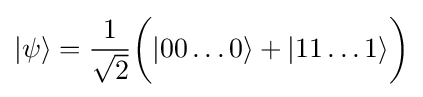
|\psi \rangle ={\frac {1}{\sqrt {2}}}{\bigg (}|00\ldots 0\rangle +|11\ldots 1\rangle {\bigg )}